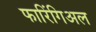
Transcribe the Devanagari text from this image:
फारिंगिअल